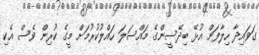
ގަވައިދާ ހިލާފަށް އުޅޭ ބިދޭސީންގެ މައްސަލަ ހައްލުކުރުމަށް މީގެ ކުރިން ވެސް އެކި